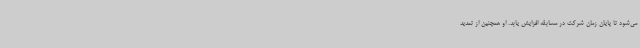
می‌شود تا پایان زمان شرکت در مسابقه افزایش یابد. او همچنین از تمدید